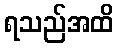
ရသည်အထိ